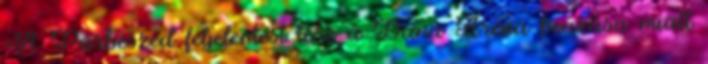
›A Párbeszéd feljelentést tesz a Duna Aréna beázása miatt